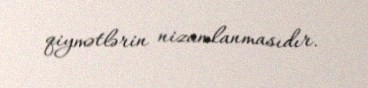
qiymətlərin nizamlanmasıdır.